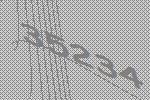
35234